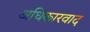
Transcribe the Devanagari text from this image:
अधिकारवाद